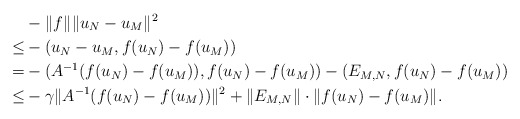
\begin{align*}& -\|f\|_{} \|u_N-u_M\|^2 \\\le & -(u_N-u_M,f(u_N)-f(u_M)) \\= & -(A^{-1}(f(u_N)-f(u_M)),f(u_N)-f(u_M))-(E_{M,N},f(u_N)-f(u_M)) \\\le & -\gamma\|A^{-1}(f(u_N)-f(u_M))\|^2+\|E_{M,N}\|\cdot\|f(u_N)-f(u_M)\|. \end{align*}